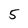
Character: 5